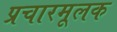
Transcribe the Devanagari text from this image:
प्रचारमूलक